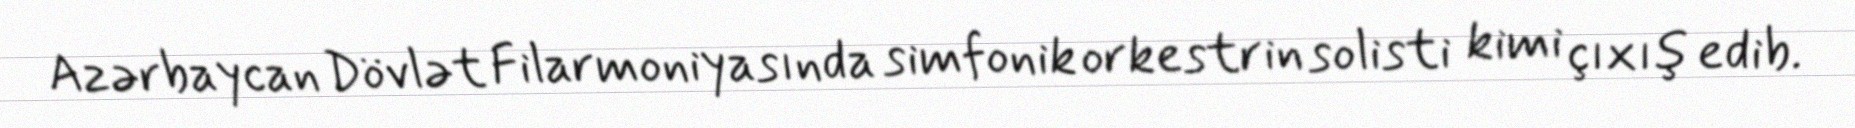
Azərbaycan Dövlət Filarmoniyasında simfonik orkestrin solisti kimi çıxış edib.